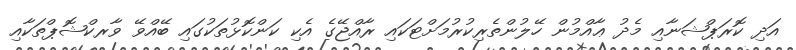
އަދި ކޮރަޕްޝަނާއި މެދު ޢާއްމުން ހޭލުންތެރިކުރުމަށްޓަކައި ރާއްޖޭގެ އެކި ކަންކޮޅުތަކުގައި ބޭއްވޭ ވާރކްޝޮޕްތަކާއި